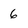
Character: 6